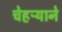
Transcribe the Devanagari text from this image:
चेहऱ्याने